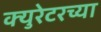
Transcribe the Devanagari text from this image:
क्युरेटरच्या